Vital statistics of India. Vol. VI, European troops 1870-79
Year: 1870
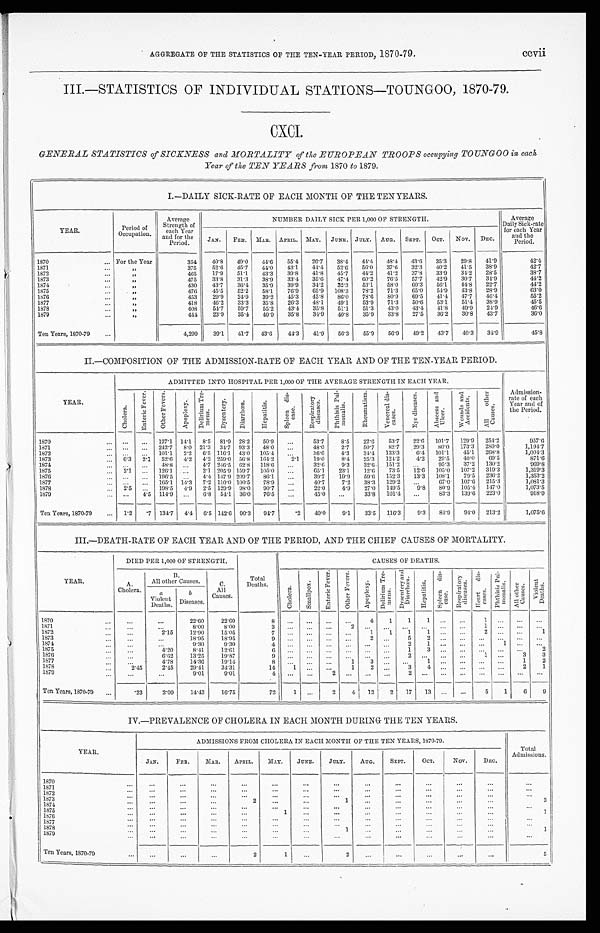
AGGREGATE OF THE STATISTICS OF THE TEN-YEAR PERIOD, 1570-79.
CCVII
III.—STATISTICS OF INDIVIDUAL STATIONS—TOUNGOO, 1870-79.
CXCI.
GENERAL STATISTICS of SICKNESS and MORTALITY of the EUROPEAN TROOPS occupying TOUNGOO in each
Year of the TEN YEARS from 1870 to 1879.
I.—DAILY SICK-RATE OF EACH MONTH OF THE TEN YEARS.
YEAR.
Period of
Occupation.
Av e r a g e S t r e n g t h o f e a c h y e a r a n d f o r t h e P e r i o d .
NUMBER DAILY SICK PER 1,000 OF STRENGTH.
Average
Daily Sick-rate
for each Year
and the
Period.
JAN.
FEB.
MAR.
APRIL. MAY.
JUNE. JULY.
AUG.
SEPT.
OCT.
N Ov.
DEC.
1870
For the Year
354
40.8
49.0
4 4 . 6
55.4
26.7
38.4
44. 4
48.4
43.6
35.3
29.8
41.9
42.4
1871
”
375
52.6
45.7
4 4 . 0
4 3 . 1
4 4 . 4
52.6
56.0
37.6
32.3
40.2
41.5
38.9
42.7
1872
”
465
17.9
51.1
43.3
39.8
41.8
45.7
44.2
41.2
37.8
33.9
34.2
28.5
38.7
1873
”
475
33.8
31.3
38.9
33.4
35.6
47.4
60.2
76.5
57.7
42.9
30.7
34.9
44.2
1874
”
430
43.7
36.4
35.9
3 9 . 9
34.2
32.3
53.1
58.0
60.3
56.1
44.8
22.7
44.2
1875
”
476
45.5
52.2
58.1
76.9
65.9
108.3
78.2
71.3
65.0
54.9
43.8
28.9
63.0
1576
”
453
29.9
24.9
39.2
45.3
45.8
86.0
78.6
80.9
69.5
41.4
47.7
46.4
55.2
1877
”
418
46.2
33.3
35.8
26.3
48.1
49.1
53.9
71.3
50.6
53.1
51.4
38.9
45. 5
1878
”
408
54.7
59.7
55.2
43.4
35.8
51.1
51.3
43.0
43.4
41.8
49.9
2 4 . 9
46.6
1879
”
4 4 4
23.9
35.4
40.9
35.8
34.9
40.8
35.9
3 3 . 8
27.5
36.2
30.8
43.7
36.0
Ten Years, 1870-79
4,299
39.1
41.7
43.6
44.3
41.9
56.3
55.9
56.9
49.2
43.7
40.3
34.9
45.8
II.—COMPOSITION OF THE ADMISSION-RATE OF EACH YEAR AND OF THE TEN-YEAR PERIOD.
YEAR.
ADMITTED INTO HOSPITAL PER 1,000 OF THE AVERAGE STRENGTH IN EACH YEAR.
C h o l e r a .
E n t e r i c F e v e r .
O t h e r F e v e r s .
A p o p l e x y .
D e l i r i u m T r e - m e n s .
D y s e n t e r y .
D i a r r h œ a .
H e p a t i t i s .
S p l e e n d i s - c a s e .
R e s p i r a t o r y d i s e a s e s .
P h t h i s i s P u l - m o n a l i s .
R h e u m a t i s m .
V e n e r e a l d i s - c a s e s .
E y e d i s e a s e s .
A b s c e s s a n d U l c e r .
W o u n d s a n d A c c i d e n t s .
A l l o t h e r C a u s e s .
A d m i s s i o n - r a t e o f e a c h Y e a r a n d o f t h e P e r i o d .
1870
...
...
127.1 14.1
8.5 81.9 28.2
50.9
. . .
53.7
8 . 5
22.6
53.7
22.6
101.7
129.9
254.2
957.6
1871
...
...
242.7
8.0 21.3 34,7 93.3
48.0
...
48.0
2.7
50.7
82. 7
29.3
80.0
173.3
280.0
1,194.7
1 8 7 2
. . .
. . .
101.1
2.2
6 . 5 116.1 43.0
105.4
. . .
36.6
4.3
34.4 133.3
6.4
101.1
45.1
268.8
1,004.3
1873
6.3
2.1
52.6
4.2
4.2 259.0 56.8
164.2
. . .
19.0
8.4
25.3
124.2
4.2
29.5
40.0
69.5
871.6
1 8 7 4 ... ...
48.8
...
4.7 246.5 62.8
118.6
...
32.6
9.3
32.6
151.2
. . . 95.3
37.2
130.2
909.8
1875
2.1
...
126.1
...
2.1 205.9 159.7
105.0
...
65.1
23.1
12.6
73.5
12.6
105.0
107.2
319.3
1,319'3
1 8 7 6
. . .
. . . 196.5
. . .
4.4 147.9 209.7
86.1
. . .
39.7
19.9
59.6
152.3
13.3
108.1
79.5
236.2
1,353.2
1877
. . .
. . .
165.1
14.3 7.2 110.0 100.5
78.9
. . .
40.7
7.2
38.3
129.2
...
67.0
107.6
215.3
1,081.3
1 8 7 8 2.5
...
198.5
4.9
2.5 129.9 98.0
90.7
...
22.0
4.9
27.0
149.5
9.8
80.9
105.4
147.0
1,073.5
1879
...
4.5 114.9
...
6.8 54.1 36.0
76.5
...
45.0
...
33.8 101.4
...
83.3
139.6 223.0
918.9
Ten Years, 1870-79
1.2
.7 134.7
4.4
6.5 142.6 90.3
94.7
.2
40.0
9.1
33.5
116.3
9.3
84.9
94.0
213.2
1,075.6
III.—DEATH-RATE OF EACH Y EAR AND OF THE PERIOD, AND THE CHIEF CAUSES OF MORTALITY.
YEAR.
DIED PER 1,000 OF STRENGTH.
CAUSES OF DEATHS.
A.
Cholera
B.
All other Causes.
C .
All
Causes.
Total
Deaths.
Chol er a.
Smal l pox.
En t e r i c F e v e r
Ot h e r Fe v e r s .
Apopl exy.
D e l i r i u m T r e - m e n s .
D y s e n t e r y a n d D i a r r h œ a .
Hepat i t i s.
S p e e n d i s - c a s e s .
R e s p i r a t o r y c i s e a s e s .
Heart di s-cases.
P h t h i s i s P u l - m o n a l i s .
A l l o t h e r C a u s e s .
Vi o l e n t De a t h s .
a
Violent
Deaths.
b
Di s e a s e s .
1870
. . .
. . .
22.60
22.60
8
. . .
. . .
. . .
. . .
4
1
1
1
. . .
...
1
. . .
. . .
. . .
1871
. . .
. . .
8.00
8.00 3
. . .
. . .
...
2 ...
. . . ...
...
..
1
. . .
. . .
. . .
1872
. . .
2.15
12.90
15.05 7
. . .
. . .
. . .
. . .
1
1
1
1
. . .
...
2
. . .
. . .
1
1873
. . .
. . .
18.95
18.95 9
. . .
. . .
. . .
. . .
2
. . .
5
2
. . . ...
...
...
...
. . .
1 8 7 4
. . .
. . .
9.30
9.30 4
. . .
. . .
. . .
. . .
...
. . .
2
1
. . .
...
. . .
1
...
...
1 8 7 5
. . .
4.20
8.41
12.61
6
. . . ...
...
...
...
...
1
3
...
...
...
. . . ...
2
1876
. . .
6.62
13.25
19.87 9
. . .
. . .
...
. . . ...
. . .
2
. . .
. . . ...
1
. . .
3
3
1 8 7 7
. . .
4.78
14.36
19.14 8
. . .
. . .
. . .
1
3
. . .
. . .
1
...
...
...
...
1
2
1 8 7 8
2.45
2.45
29.41
34.31
1 4
1
...
. . .
1
2
. . .
3
4
. . . ...
. . .
. . .
2
1
1879
...
. . .
9.01
9 . 0 1 4
. . .
. . .
2
. . . ...
. . .
2
...
...
...
...
...
...
...
Ten Years, 1870-79
.23
2.09
14.43
16.75
72
1
...
2
4
12
2
17
13
...
...
5
1
6
9
IV.—PREVALENCE OF CHOLERA IN EACH MONTH DURING- THE TEN YEARS.
YEAR.
ADMISSIONS FROM CHOLERA IN EACH MONTH OF THE TEN YEARS, 1870-79.
Total
Admissions.
JAN.
FEB.
MAR.
APRIL.
MAY.
JUNE.
JULY.
AUG.
SEPT.
OCT.
Nov.
DEC.
1 8 70
. . .
. . .
. . .
. . .
. . .
. . .
. . .
. . .
. . .
. . .
. . .
. . .
. . .
1871
. . .
. . .
. . .
. . . ...
. . . ...
. . .
. . .
. . .
. . .
. . .
. . .
1872
. . .
. . .
. . .
. . . ...
. . . ...
. . .
. . .
. . .
. . .
. . .
. . .
1873
. . .
. . .
. . .
2
...
. . .
1
. . .
. . .
. . .
. . .
. . .
3
1874
. . .
. . .
. . .
. . .
. . .
. . .
. . .
. . .
. . .
. . .
. . .
. . .
. . .
1875
. . .
. . .
. . .
. . .
1
. . . ...
. . .
. . .
. . .
. . .
. . .
1
1876
. . .
. . .
. . .
. . . ...
. . .
. . .
. . .
. . .
. . .
. . .
. . .
. . .
1877
. . .
. . .
. . .
. . . ...
. . .
...
. . .
. . .
. . .
. . .
. . .
. . .
1878
. . .
. . .
. . .
. . . ...
. . .
1
. . .
. . .
. . .
. . .
. . .
1
1879
. . .
. . .
. . .
. . .
. . .
. . .
. . .
. . .
. . .
. . .
. . .
. . .
. . .
Ten Years, 1870-79
. . .
. . .
. . .
2
1 . . .
2
. . .
. . .
. . .
. . .
. . .
5